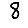
Digit: 8